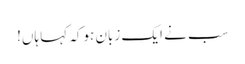
سب نے ایک زبان ہوکہ کہا ہاں!